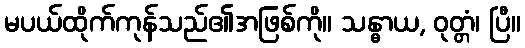
မပယ်ထိုက်ကုန်သည်၏အဖြစ်ကို။ သန္ဓာယ, ဝုတ္တံ၊ ပြီ။